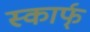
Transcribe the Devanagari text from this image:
स्कार्फ्